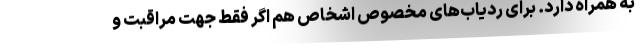
به همراه دارد. برای ردیاب‌های مخصوص اشخاص هم اگر فقط جهت مراقبت و